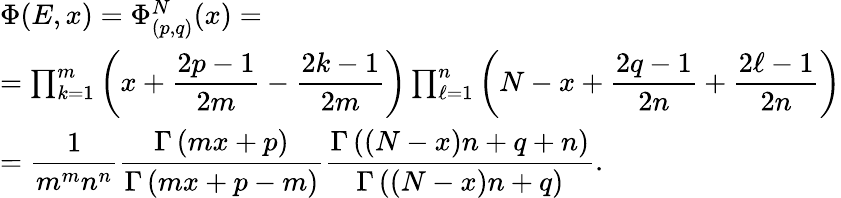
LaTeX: \begin{array}{l}{{\Phi(E,x)=\Phi_{(p,q)}^{N}(x)=}}\\ {{=\prod_{k=1}^{m}\left(x+\displaystyle\frac{2p-1}{2m}-\frac{2k-1}{2m}\right)\prod_{\ell=1}^{n}\left(N-x+\displaystyle\frac{2q-1}{2n}+\frac{2\ell-1}{2n}\right)}}\\ {{=\displaystyle\frac{1}{m^{m}n^{n}}\displaystyle\frac{\Gamma\left(mx+p\right)}{\Gamma\left(mx+p-m\right)}\displaystyle\frac{\Gamma\left((N-x)n+q+n\right)}{\Gamma\left((N-x)n+q\right)}.}}\end{array}